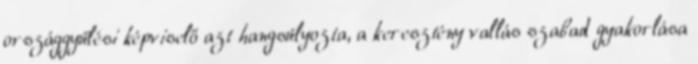
országgyűlési képviselő azt hangsúlyozta, a keresztény vallás szabad gyakorlása